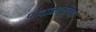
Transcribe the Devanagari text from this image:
पादाक्रांतीच्या